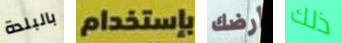
بالبلدة بإستخدام أرضك ذلك